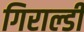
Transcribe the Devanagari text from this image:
गिराल्डी